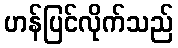
ဟန်ပြင်လိုက်သည်